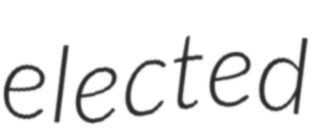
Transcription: elected